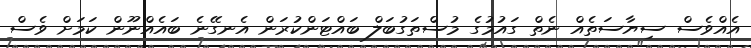
އެއްވެސް ސިޔާސަތެއް ނެތް ގައުމުގެ މުސްތަގުބަލް ބައްޓަންކުރަން އެނގޭނެ ބައެއްނޫން ކަމަށް ވެސް